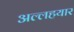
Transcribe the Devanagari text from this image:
अल्लहयार